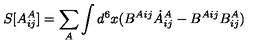
S [ A _ { i j } ^ { A } ] = \sum _ { A } \int d ^ { 6 } x ( B ^ { A i j } \dot { A } _ { i j } ^ { A } - B ^ { A i j } B _ { i j } ^ { A } )